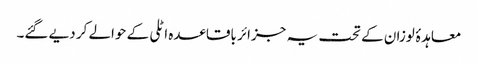
معاہدۂ لوزان کے تحت یہ جزائر باقاعدہ اٹلی کے حوالے کر دیے گئے۔